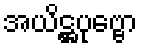
အယိဋ္ဌပုဗ္ဗော